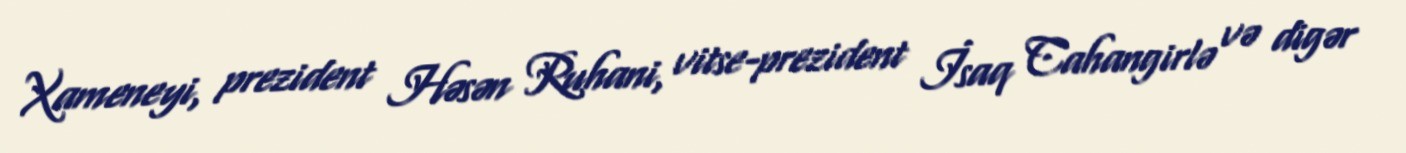
Xameneyi, prezident Həsən Ruhani, vitse-prezident İsaq Cahangirlə və digər